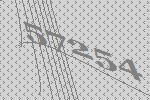
57254